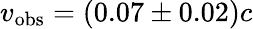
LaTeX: v_{\mathrm{obs}}=(0.07\pm 0.02)c